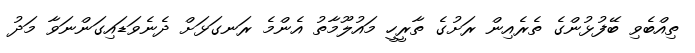
ތިއްބެވި ބޭފުޅުންގެ ތެރެއިން ރަށުގެ ތާރީހީ މައުލޫމާތު އެންމެ ރަނގަޅަށް ދެނެވަޑައިގަންނަވާ މަދު